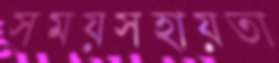
সময়সহায়তা